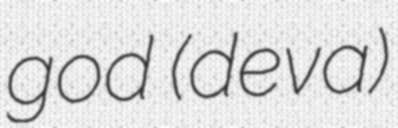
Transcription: god (deva)